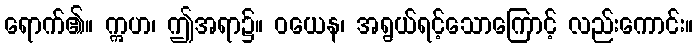
ရောက်၏။ ဣဟ၊ ဤအရာ၌။ ဝယေန၊ အရွယ်ရင့်သောကြောင့် လည်းကောင်း။